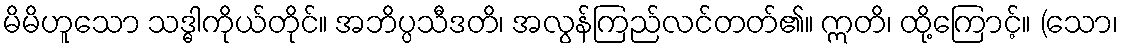
မိမိဟူသော သဒ္ဓါကိုယ်တိုင်။ အဘိပ္ပသီဒတိ၊ အလွန်ကြည်လင်တတ်၏။ ဣတိ၊ ထို့ကြောင့်။ (သော၊